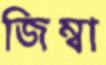
জিম্বা